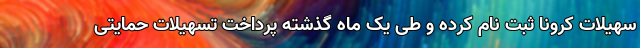
سهیلات کرونا ثبت نام کرده و طی یک ماه گذشته پرداخت تسهیلات حمایتی